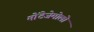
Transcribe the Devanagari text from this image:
मोंटेजेमोलो